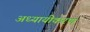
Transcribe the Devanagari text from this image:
अध्यायीकरण